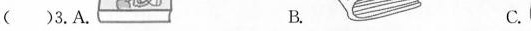
()3.A. B. C.